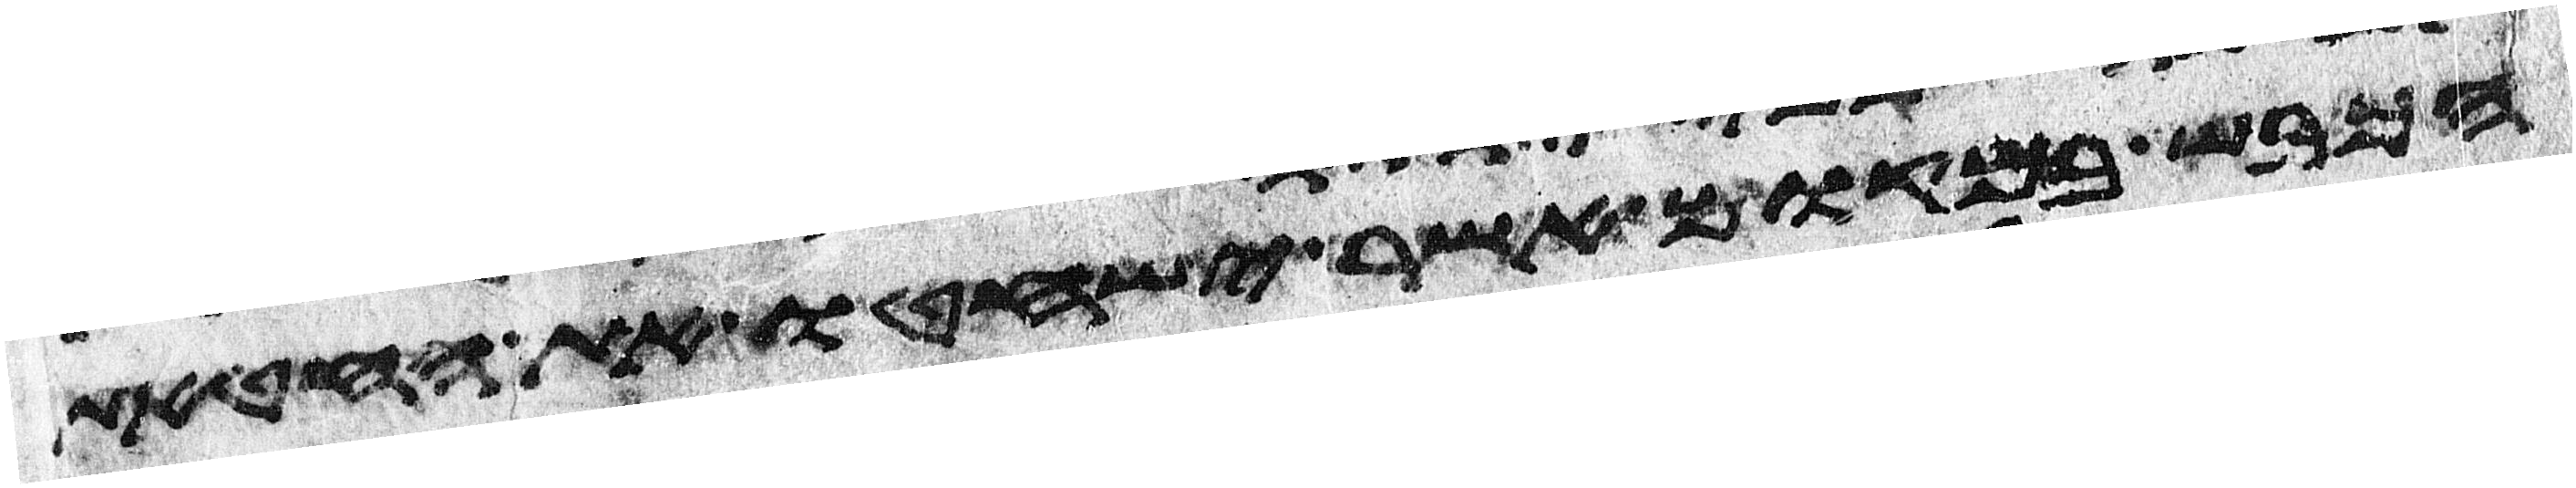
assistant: הכבש במקום אשר ישחטו את החטאת